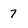
Character: 7